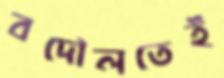
বদৌলতেই